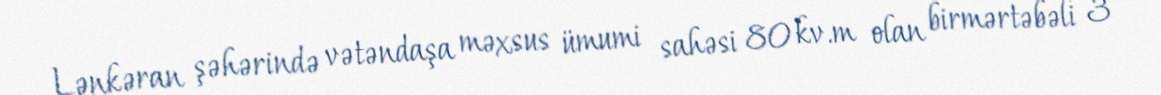
Lənkəran şəhərində vətəndaşa məxsus ümumi sahəsi 80 kv.m olan birmərtəbəli 3